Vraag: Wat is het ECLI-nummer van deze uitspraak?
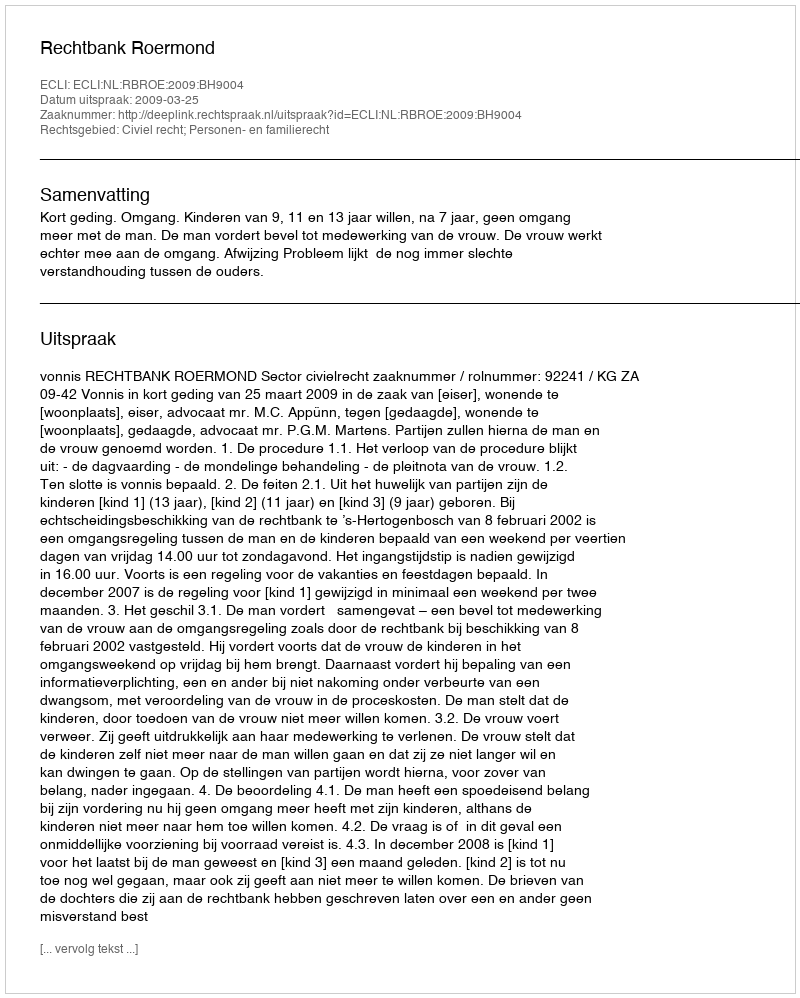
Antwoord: ECLI:NL:RBROE:2009:BH9004